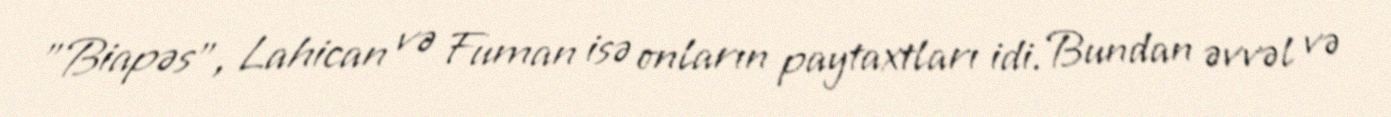
"Biapəs", Lahican və Fuman isə onların paytaxtları idi. Bundan əvvəl və